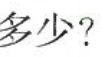
多少?